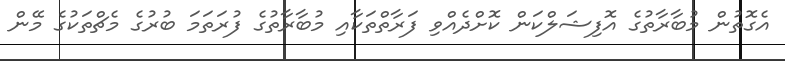
އެގޮތުން މުބާރާތުގެ އޮފިޝަލްކަން ކޮށްދެއްވި ފަރާތްތަކާއި މުބާރާތުގެ ފުރަތަމަ ބުރުގެ މެޗްތަކުގެ މޭން